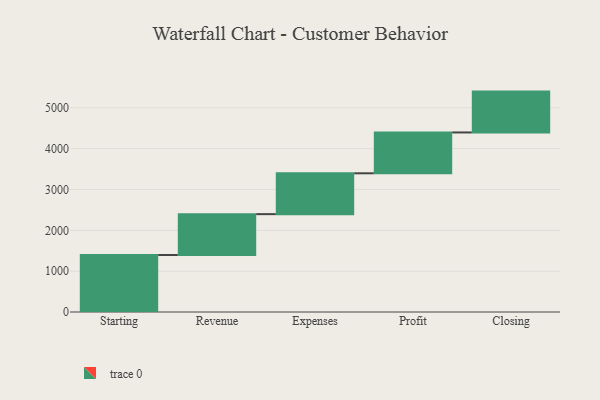
{"axis": {"x": "Step", "y": "Value"}, "legend": [""], "data": [{"x": "Starting", "y": 1396.0, "type": ""}, {"x": "Revenue", "y": 1000, "type": ""}, {"x": "Expenses", "y": 1000, "type": ""}, {"x": "Profit", "y": 1000, "type": ""}, {"x": "Closing", "y": 1000, "type": ""}]}